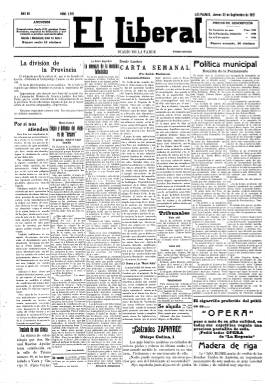
Título: El Liberal (Las Palmas de Gran Canaria)
Colección: Periódicos
Ámbito geográfico: Las Palmas
Lugar de publicación: Las Palmas [de Gran Canaria]
Fechas: 22/09/1927-20/10/1927

Diario vespertino que, según López de Zuazo, aparece en 1920. Con este título ya había aparecido en la capital canaria otra publicación ente 1883 y 1893. Checa Godoy lo califica como “independiente”. Los tres ejemplares de los que dispone la Biblioteca Nacional de España corresponden a 1927. En estos años de la dictadura primoriverista, fue órgano oficioso del abogado y jefe local del Partido Liberal liderado por el conde de Romanones, José Mesa y López (1877-1951), que había sido alcalde de la ciudad en 1922-1923 y lo volverá a ser en 1929-1931. Competirá con el órgano oficial del Partido Liberal, el decano de la prensa canaria Diario de las Palmas (1893).

Desde 1927 año hasta su desaparición, el 26 de junio de 1931, al ser incendiado tras una manifestación, su director es Domingo Massieu Rodríguez (1899-1963), que después dirigirá el periódico Hoy (1933-1939), que fundará Mesa. Massieu abandonaría durante la dictadura franquista el periodismo y la abogacía para dedicar su vida al sacerdocio. Desde 1927 a 1931 fue su redactor jefe Eduardo Benítez Ynglott.

Es un diario de cuatro páginas, compuesto a siete columnas, de carácter noticioso y con abundante publicidad comercial. Inserta noticias locales de carácter político, municipal, cultural, de deportes, tribunales y sucesos, etc., así como otras nacionales e internacionales. Aparecen las firmas de Juan Ferragut, Roberto Castrovido, José Luis Salado y Carmen de París. También publica artículos y comentarios. Tuvo imprenta propia.

Imágenes cedidas por TECNODOC.